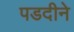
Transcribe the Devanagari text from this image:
पडदीने